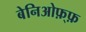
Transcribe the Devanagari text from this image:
बेनिओफ़्फ़